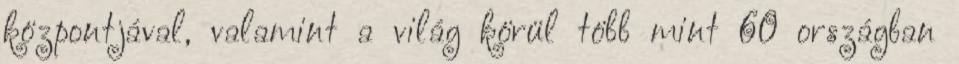
központjával, valamint a világ körül több mint 60 országban